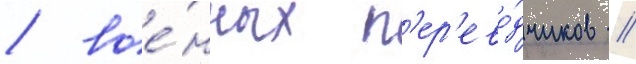
/ вое́нных п'ер'ево́дчиков //